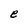
Character: e